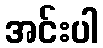
အင်းပါ